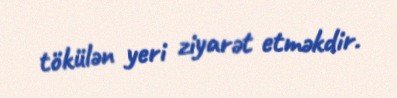
tökülən yeri ziyarət etməkdir.